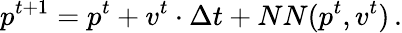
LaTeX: p^{t+1}=p^{t}+v^{t}\cdot\Delta t+NN(p^{t},v^{t})\, .